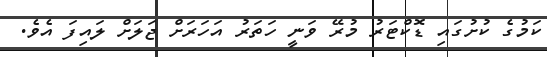
ކަމުގެ ކުށުގައި ޑޮކްޓަރު މުރޭ ވަނީ ހަތަރު އަހަރަށް ޖަލަށް ލައިފަ އެވެ.